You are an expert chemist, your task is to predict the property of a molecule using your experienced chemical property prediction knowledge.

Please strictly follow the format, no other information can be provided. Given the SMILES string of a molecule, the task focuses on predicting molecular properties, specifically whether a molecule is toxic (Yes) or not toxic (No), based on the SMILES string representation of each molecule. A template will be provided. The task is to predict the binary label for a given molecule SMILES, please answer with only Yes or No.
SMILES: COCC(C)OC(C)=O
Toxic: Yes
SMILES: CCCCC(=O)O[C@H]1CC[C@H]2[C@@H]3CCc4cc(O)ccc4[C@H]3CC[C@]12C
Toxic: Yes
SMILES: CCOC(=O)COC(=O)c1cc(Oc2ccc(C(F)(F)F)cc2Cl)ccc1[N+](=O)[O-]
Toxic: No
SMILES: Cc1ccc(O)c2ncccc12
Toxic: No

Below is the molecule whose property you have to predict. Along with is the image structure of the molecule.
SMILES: NC(=O)c1ncn([C@@H]2O[C@H](CO)[C@@H](O)[C@H]2O)c1O
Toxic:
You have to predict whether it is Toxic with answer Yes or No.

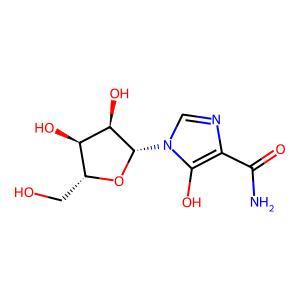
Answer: No